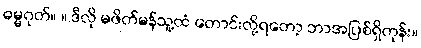
ဓမ္မဂုတ်။ ။ ဒီလို မဖိတ်မန်သူ့ထံ တောင်းလို့ရတော့ ဘာအပြစ်ရှိတုန်း။